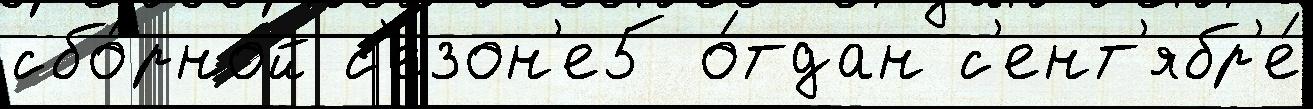
сбо́рной с'езон'е5 о́тдан с'ент'ябр'е́